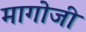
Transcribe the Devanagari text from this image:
मागोजी